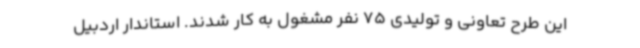
این طرح تعاونی و تولیدی 75 نفر مشغول به کار شدند. استاندار اردبیل